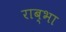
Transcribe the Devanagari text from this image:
राब्भा